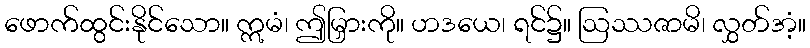
ဖောက်ထွင်းနိုင်သော။ ဣမံ၊ ဤမြှားကို။ ဟဒယေ၊ ရင်၌။ ဩဿဇာမိ၊ လွှတ်အံ့။